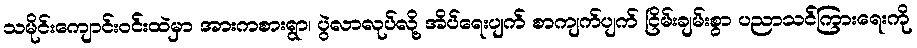
သမိုင်းကျောင်းဝင်းထဲမှာ အားကစားရွာ၊ ပွဲလာလုပ်လို့ အိပ်ရေးပျက် စာကျက်ပျက် ငြိမ်းချမ်းစွာ ပညာသင်ကြားရေးကို